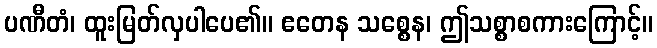
ပဏီတံ၊ ထူးမြတ်လှပါပေ၏။ ဧတေန သစ္စေန၊ ဤသစ္စာစကားကြောင့်။